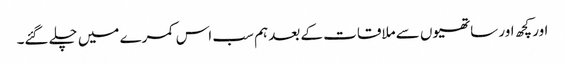
اور کچھ اور ساتھیوں سے ملاقات کے بعد ہم سب اس کمرے میں چلے گئے۔